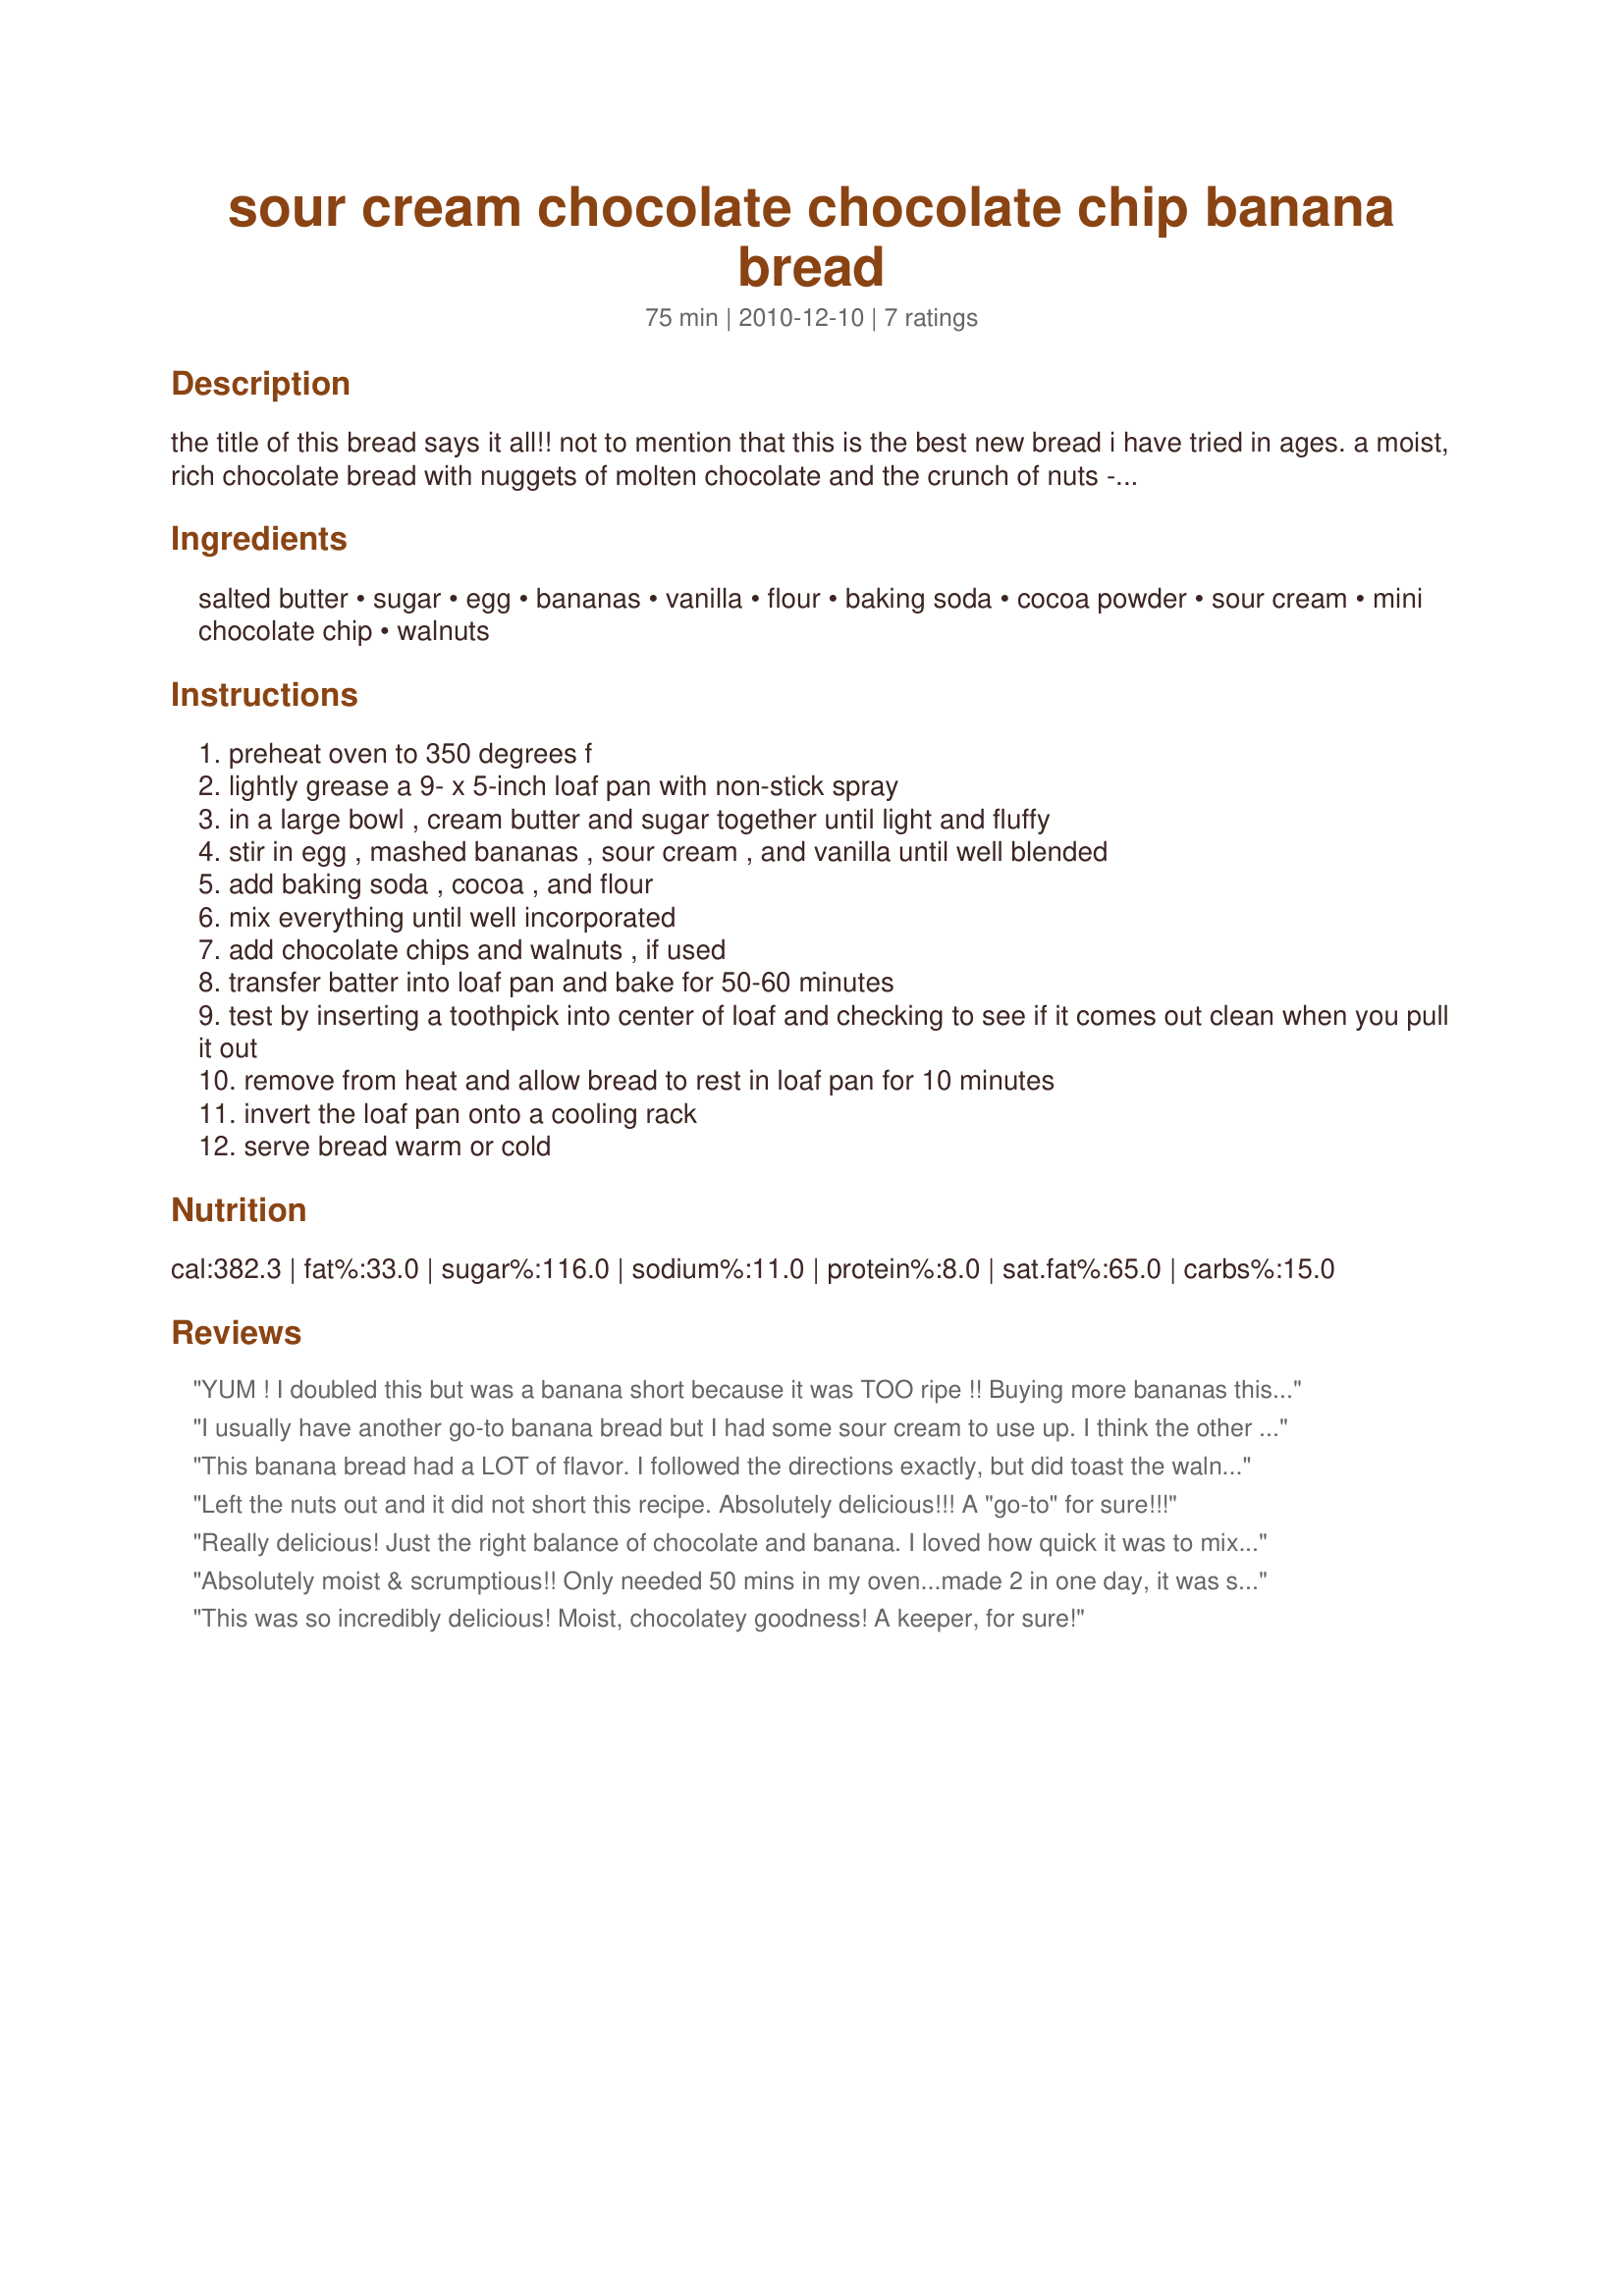
sour cream chocolate chocolate chip banana bread
Preparation time: 75 minutes

the title of this bread says it all!! not to mention that this is the best new bread i have tried in ages. a moist, rich chocolate bread with nuggets of molten chocolate and the crunch of nuts -- what more could you ask? this recipe came from savory sweet life - easy recipes from an everyday home cook (http://savorysweetlife.com).

Ingredients:
salted butter, sugar, egg, bananas, vanilla, flour, baking soda, cocoa powder, sour cream, mini chocolate chip, walnuts

Steps:
preheat oven to 350 degrees f
lightly grease a 9- x 5-inch loaf pan with non-stick spray
in a large bowl , cream butter and sugar together until light and fluffy
stir in egg , mashed bananas , sour cream , and vanilla until well blended
add baking soda , cocoa , and flour
mix everything until well incorporated
add chocolate chips and walnuts , if used
transfer batter into loaf pan and bake for 50-60 minutes
test by inserting a toothpick into center of loaf and checking to see if it comes out clean when you pull it out
remove from heat and allow bread to rest in loaf pan for 10 minutes
invert the loaf pan onto a cooling rack
serve bread warm or cold

Reviews:
YUM ! I doubled this but was a banana short because it was TOO ripe !! Buying more bananas this week to make more and share with friends !
I usually have another go-to banana bread but I had some sour cream to use up. I think the other recipe just got booted off my rotation. This was amazing and addictive! Thank you!
This banana bread had a LOT of flavor. I followed the directions exactly, but did toast the walnuts for about six minutes in the warming oven (and then let them cool), before adding. This was super easy to make. Yummy!
Left the nuts out and it did not short this recipe. Absolutely delicious!!! A "go-to" for sure!!!
Really delicious! Just the right balance of chocolate and banana. I loved how quick it was to mix up. I did alter the recipe. I only had one stick of butter left in the house and knew I would need it for the breakfast in the morning and running to the store was out of the question, so I I used half a stick of butter and a 1/4 cup of vanilla yogurt. The recipe turned out good, although I think I should have baked it a few minutes longer, I took it out a 55 mins.. I think I could have just used the 1/2 stick of butter without the yogurt and will try that the next time I make this. Thanks for sharing the recipe!
Absolutely moist & scrumptious!! Only needed 50 mins in my oven...made 2 in one day, it was sooo good!
This was so incredibly delicious! Moist, chocolatey goodness! A keeper, for sure!
